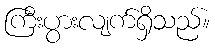
ကြီးပွားလျက်ရှိသည်။